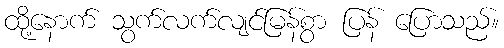
ထို့နောက် သွက်လက်လျင်မြန်စွာ ပြန် ပြောသည်။